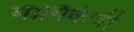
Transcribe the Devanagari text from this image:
मार्गिकेची